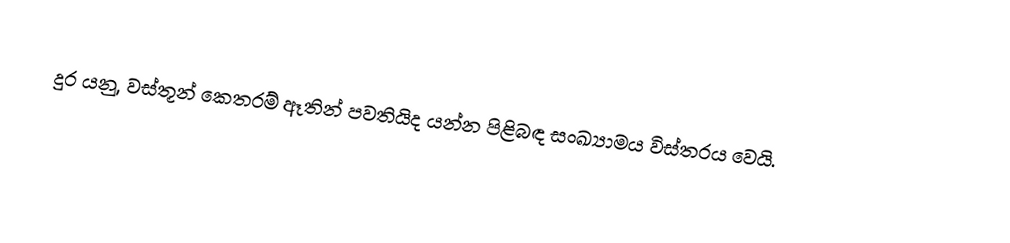
දුර යනු, වස්තූන් කෙතරම් ඈතින් පවතියිද යන්න පිළිබඳ සංඛ්‍යාමය විස්තරය වෙයි.